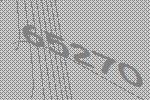
65270